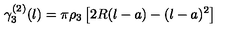
\gamma _ { 3 } ^ { ( 2 ) } ( l ) = \pi { \rho _ { 3 } } \left[ 2 R ( l - a ) - ( l - a ) ^ { 2 } \right]